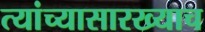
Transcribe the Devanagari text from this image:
त्यांच्यासारख्याच